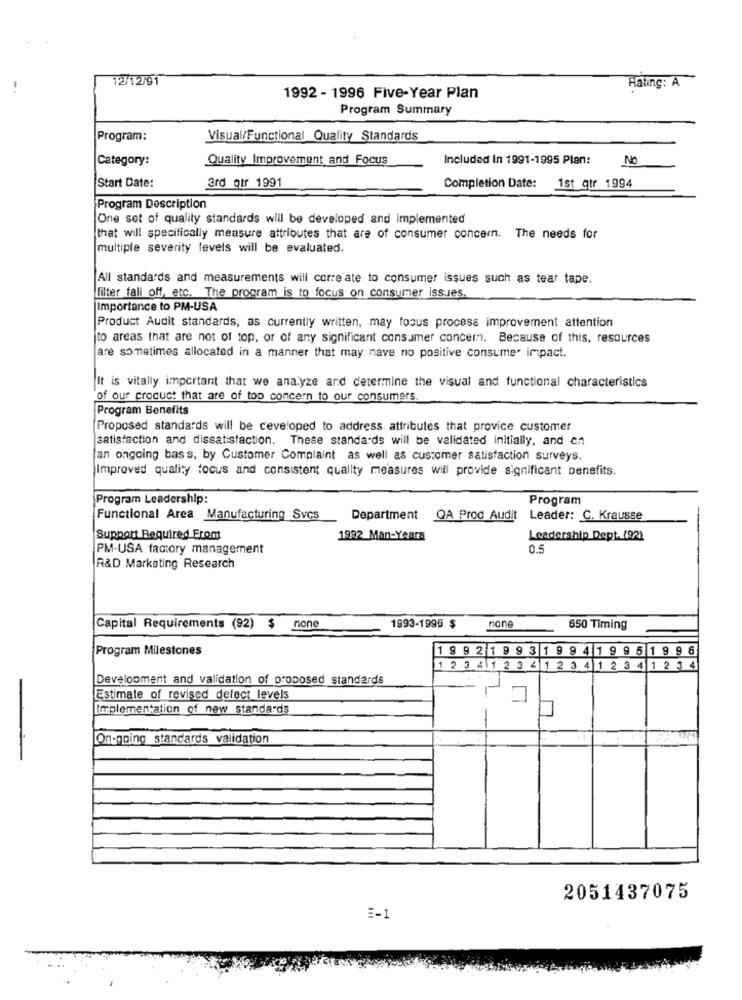
12/12/91
Rating: A
1992 - 1996 Five-Year Plan
Program Summary
Program:
Visual/Functional Quality Standards
Category:
Quality Improvement and Focus
Included In 1991-1995 Plan:
NO
Start Date:
ard gtr 1991
Completion Date:
1st qtr 1994
Program Description
One set of quality standards will be developed and implemented
that will specifically measure attributes that are of consumer concern. The needs for
multiple severity levels will be evaluated.
All standards and measurements will corre ate to consumer issues such as tear tape.
filter fall off, etc. The program is to focus on consumer issues.
Importance to PM-USA
Product Audit standards, as currently written, may focus process improvement attention
to areas that are not of top, or of any significant consumer concern. Because of this, resources
are sometimes allocated in a manner that may nave no positive consumer impact.
It is vitally important that we analyze and determine the visual and functional characteristics
of our product that are of top concern to our consumers.
Program Benefits
Proposed standards will be ceveloped to address attributes that provice customer
satisfaction and dissatisfaction. These standards will be validated initially, and en
an ongoing bass, by Customer Complaint as well as customer satisfaction surveys.
Improved quality focus and consistent quality measures will provide significant benefits.
Program Leadership:
Program
Functional Area Manufacturing Svcs
Department
QA Prod Audit
Leader: C. Krausse
Support Required From
1992 Man-Years
Leadership Dept. (92)
PM-USA factory management
0.5
R&D Marketing Research
Capital Requirements (92) $ none
1993-1996 $
none
650 Timing
Program Milestones
19 9 2 1 9 9 3 1 9 9 4 1 9 9 5 1 9 9 6
12 3 4 1 2 3 4 1 2 3 4 1 2 3 4 1 2 3 4
Development and validation of proposed standards
Estimate of revised delect levels
Implementation of new standards
On-going standards validation
12241
2051437075
E-1